Medical and sanitary report of the native army of Bengal for the year
Year: 1874
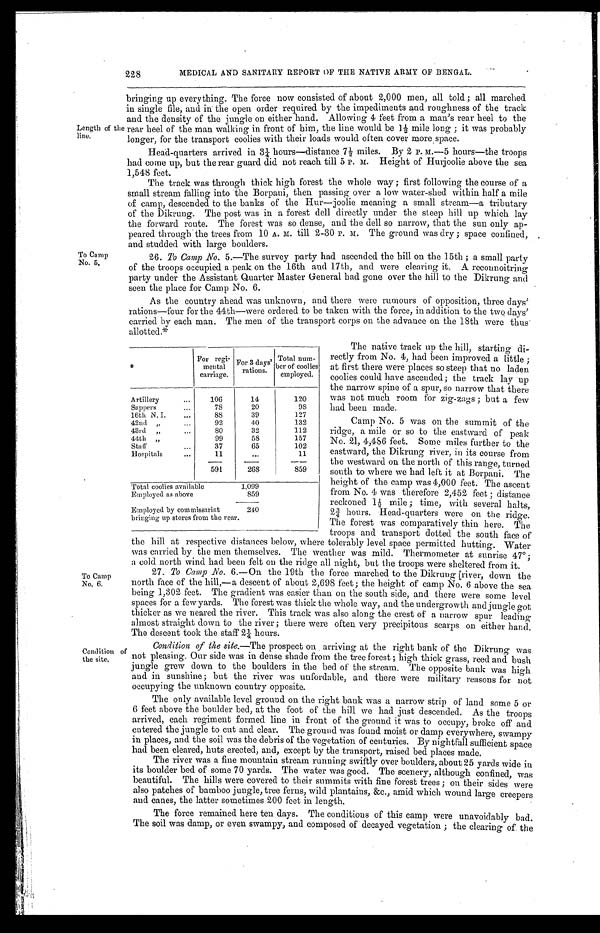
Length of the
line.
To Camp
No. 5.
228
MEDICAL AND SANITARY REPORT OF THE NATIVE ARMY OF BENGAL.
bringing up everything. The force now consisted of about 2,000 men,
all told; all marched
in single file, and in the open order required by the impediments and roughness of the track.
and the density of the jungle on either hand. Allowing 4 feet from a man's rear heel to the
rear heel of the man walking in front of him, the line would be 1½ mile long; it was probably
longer, for the transport coolies with their loads would often cover - more space.
Head-quarters arrived in 3¼ hours—distance 7½ miles. By 2 P. m.—5 hours—the troops
had come up, but the rear guard did not reach till 5 P. M. Height of Huijoolie above the sea
1,548 feet.
The track was through thick high forest the whole way; first following the course of a
small stream falling into the Borpani, then passing over a low water-shed within half a mile
of camp, descended to the banks of the Hur—joolie meaning a small stream—a tributary
of the Dikrung. The post was in a forest dell directly under the steep hill up which lay
the forward route. The forest was so dense, and the dell so narrow, that the sun only ap-
peared through the trees from 10 A. M. till 2-30 P. m. The ground was dry; space confined,
and studded with large boulders.
26. To Camp No. 5.—The survey party had ascended the bill on the 15th; a small party
of the troops occupied a peak on the 16th and 17th, and were clearing it. A reconnoitring
party under the Assistant Quarter Master General had gone over the hill to the Dikrung and
seen the place for Camp No. 6.
As the country ahead was unknown, and there were rumours of opposition, three days'
rations—four for the 44th—were ordered to be taken with the force, in addition to the two days'
carried by each man. The men of the transport corps on the advance on the 18th were thus
allotted.*
To Camp
No. 6.
Condition of
the site.
The native track up the hill, starting di-
rectly from No. 4, had been improved a little;
at first there were places so steep that no laden
coolies could have ascended; the track lay up
the narrow spine of a spur, so narrow that there
was not much. room for zig-zags; but a few
had been made.
Camp No. 5 was on the summit of the
ridge, a mile or so to the eastward of peak
No. 21, 4,486 feet. Some miles further to the
eastward, the Dikrung river, in its course from
the westward on the north of this range, turned
south to where we had left it at Borpani. The
height of the camp was 4,000 feet. The ascent
from No. 4 was therefore 2,452 feet; distance
reckoned 1½ mile; time, with several halts,
2¾ hours. Head-quarters were on the ridge.
The forest was comparatively thin here. The
troops and transport dotted the south face of
the hill at respective distances below, where tolerably level space permitted hutting. Water
was carried by the men themselves. The weather was mild. Thermometer at sunrise 47°;
a cold north wind had been felt on the ridge all night, but the troops were sheltered from it.
27. To Camp No. 6.—On the 19th the force marched to the Dikrung river, down the
north face of the hill,—a descent of about 2,698 feet; the height of camp No. 6 above the sea
being 1,302 feet. The gradient was easier than on the south side, and there were some level
spaces for a few yards. The forest was thick the whole way, and the undergrowth and jungle got
thicker as we neared the river. This track was also along the crest of a narrow spur leading
almost straight down to the river; there were often very precipitous scarps on either hand.
The descent took the staff 2¼ hours.
Condition of the site. —The prospect on arriving at the right bank of the Dikrung was
not pleasing. Our side was in dense shade from the tree forest; high thick grass, reed and bush
jungle grew down to the boulders in the bed of the stream. The opposite bank was high
and in sunshine; but the river was unfordable, and there were military reasons for not
occupying the unknown country opposite.
The only available level ground on the right bank was a narrow strip of land some 5 or
6 feet above the boulder bed, at the foot of the hill we had just descended. As the troops
arrived, each regiment formed line in front of the ground it was to occupy, broke off and
entered the jungle to cut and clear. The ground was found moist or damp everywhere, swampy
in places, and the soil was the debris of the vegetation of centuries. By nightfall sufficient space
had been cleared, huts erected, and, except by the transport, raised bed places made.
The river was a fine mountain stream running swiftly over boulders, about 25 yards wide in
its boulder bed of some 70 yards. The water was good. The scenery, although confined, was
beautiful. The hills were covered to their summits with fine forest trees; on their sides were
also patches of bamboo jungle, tree ferns, wild plantains, &c., amid which wound large creepers
and canes, the latter sometimes 200 feet in length.
The force remained here ten days. The conditions of this camp were unavoidably bad.
The soil was damp, or even swampy, and composed of decayed vegetation; the clearing of the
*
For regi-
mental
carriage.
For 3 days'
rations.
Total num-
b e r o f c o o l i e s
employed.
Artillery
106
14
120
Sappers
78
20
9 8
16th N. I.
88
39
127
42nd "
92
40
132
43rd "
8 0
32
112
44th "
99
58
157
Staff "
3 7
65
102
Hospi t al
1 1
...
11
591
268
859
Total coolies available
1,099
Employed as above
859
Employed by commissariat
bringing up stores from the rear.
240